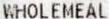
WHOLEMEAL